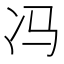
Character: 冯